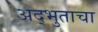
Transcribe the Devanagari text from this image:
अद्भुताचा